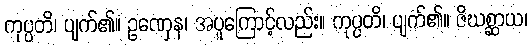
ကုပ္ပတိ၊ ပျက်၏။ ဥဏှေန၊ အပူကြောင့်လည်း။ ကုပ္ပတိ၊ ပျက်၏။ ဇိဃစ္ဆာယ၊